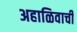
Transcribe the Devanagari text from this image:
अहाळिवाची